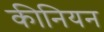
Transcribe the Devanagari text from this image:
कीनियन